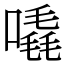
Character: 𠽶